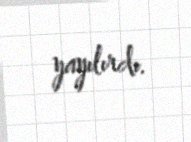
yayılırdı.